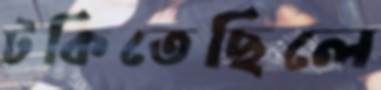
টকিতেছিলে